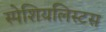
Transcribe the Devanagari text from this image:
स्पेशियलिस्टस